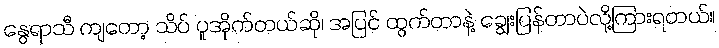
နွေရာသီ ကျတော့ သိပ် ပူအိုက်တယ်ဆို၊ အပြင် ထွက်တာနဲ့ ချွေးပြန်တာပဲလို့ကြားရတယ်။